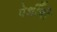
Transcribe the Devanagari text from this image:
पेशीँची